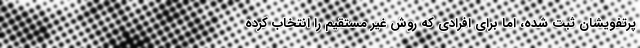
پرتفویشان ثبت شده، اما برای افرادی که روش غیر مستقیم را انتخاب کرده